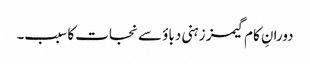
دورانِ کام گیمز زہنی دباؤ سے نجات کا سبب۔